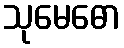
သုမေဓော